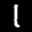
Label: 1